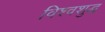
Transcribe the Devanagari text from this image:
विश्वशुद्ध